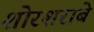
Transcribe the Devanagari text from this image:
शोरशराबे